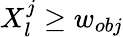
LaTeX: X_{l}^{j}\ge w_{obj}